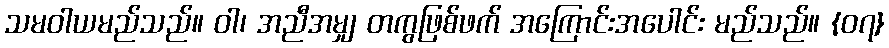
သမဝါယမည်သည်။ ဝါ၊ အညီအမျှ တကွဖြစ်ဖက် အကြောင်းအပေါင်း မည်သည်။ {၀၇}